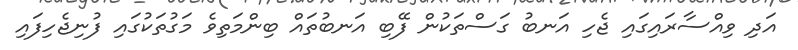
އަދި ވިއްސާރައިގައި ޖެހި އަނބު ގަސްތަކުން ފޭބި އަނބުތައް ބިންމަތިވެ މަގުތަކުގައި ފުނިޖެހިފައި